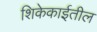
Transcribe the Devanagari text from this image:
शिकेकाईतील